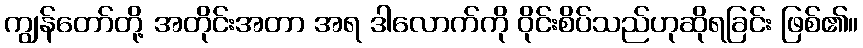
ကျွန်တော်တို့ အတိုင်းအတာ အရ ဒါလောက်ကို ဝိုင်းစိပ်သည်ဟုဆိုရခြင်း ဖြစ်၏။